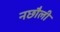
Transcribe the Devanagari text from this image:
नछौली